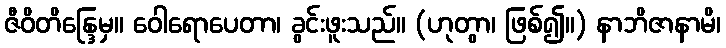
ဇီဝိတိန္ဒြေမှ။ ဝေါရောပေတာ၊ ခွင်းဖူးသည်။ (ဟုတွာ၊ ဖြစ်၍။) နာဘိဇာနာမိ၊